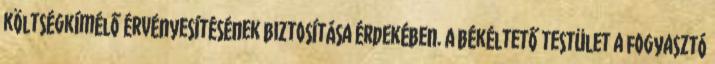
költségkímélő érvényesítésének biztosítása érdekében. A békéltető testület a fogyasztó